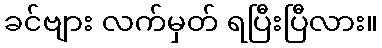
ခင်ဗျား လက်မှတ် ရပြီးပြီလား။